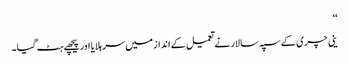
‘‘
ینی چری کے سپہ سالار نے تعمیل کے انداز میں سر ہلایا اور پیچھے ہٹ گیا۔